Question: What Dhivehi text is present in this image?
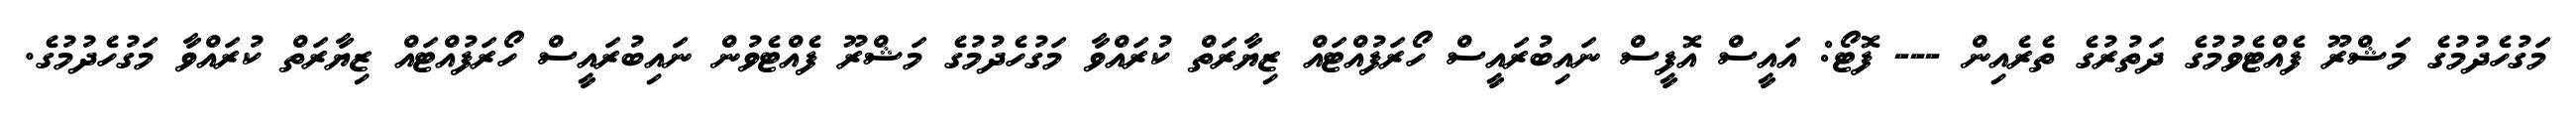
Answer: މަގުހެދުމުގެ މަޝްރޫ ފެއްޓެވުމުގެ ދަތުރުގެ ތެރެއިން --- ފޮޓޯ: އައީސް އޮފީސް ނައިބުރައީސް ހޯރަފުއްޓައް ޒިޔާރަތް ކުރައްވާ މަގުހެދުމުގެ މަޝްރޫ ފެއްޓެވުން ނައިބުރައީސް ހޯރަފުއްޓައް ޒިޔާރަތް ކުރައްވާ މަގުހެދުމުގެ.